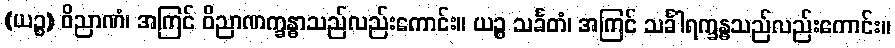
(ယဉ္စ) ဝိညာဏံ၊ အကြင် ဝိညာဏက္ခန္ဓာသည်လည်းကောင်း။ ယဉ္စ သင်္ခတံ၊ အကြင် သင်္ခါရက္ခန္ဓသည်လည်းကောင်း။